Leaving Certificate Examination, 1918
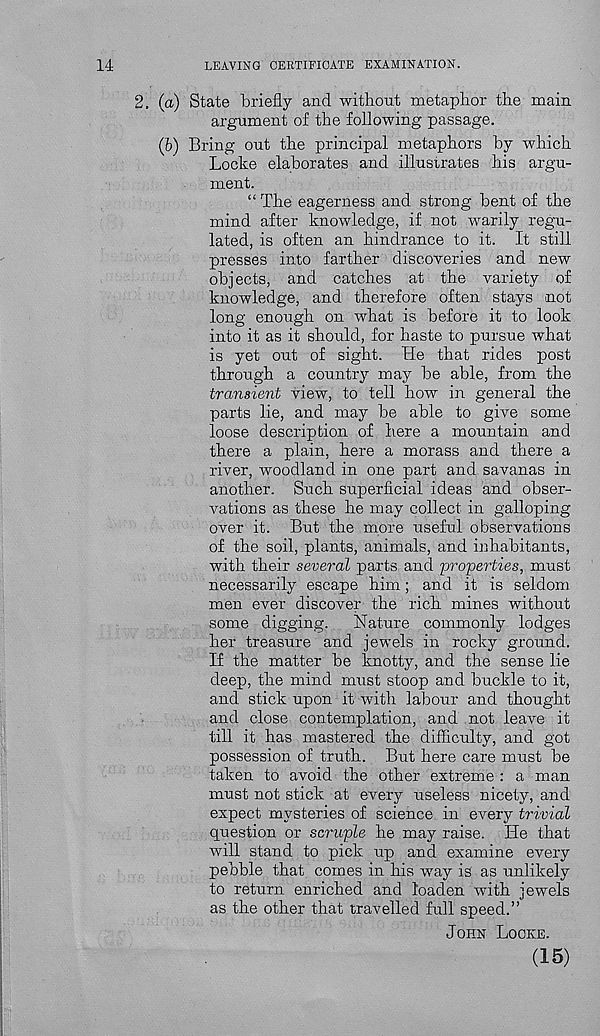
14
LEAVING CERTIFICATE EXAMINATION.
2. (a) State briefly and without metaphor the main
argument of the following passage.
(b) Bring out the principal metaphors by which
Locke elaborates and illustrates his argu-
ment.
“The eagerness and strong bent of the
mind after knowledge, if not warily regu-
lated, is often an hindrance to it. It still
presses into farther discoveries and new
objects, and catches at the variety of
knowledge, and therefore often stays not
long enough on what is before it to look
into it as it should, for haste to pursue what
is yet out of sight. He that rides post
through a country may be able, from the
transient view, to tell how in general the
parts lie, and may be able to give some
loose description of here a mountain and
there a plain, here a morass and there a
river, woodland in one part and savanas in
another. Such superficial ideas and obser-
vations as these he may collect in galloping
over it. But the more useful observations
of the soil, plants, animals, and inhabitants,
with their several parts and 'properties, must
necessarily escape him; and it is seldom
men ever discover the rich mines without
some digging. Nature commonly lodges
her treasure and jewels in rocky ground.
If the matter be knotty, and the sense lie
deep, the mind must stoop and buckle to it,
and stick upon it with labour and thought
and close contemplation, and not leave it
till it has mastered the difficulty, and got
possession of truth. But here care must be
taken to avoid the other extreme : a man
must not stick at every useless nicety, and
expect mysteries of science in every trivial
question or scruple he may raise. He that
will stand to pick up and examine every
pebble that comes in his way is as unlikely
to return enriched and loaden with jewels
as the other that travelled full speed.”
JOHN LOCKE.
(15)